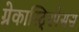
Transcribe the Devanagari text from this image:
ग्रेकास्टि्रपेसस